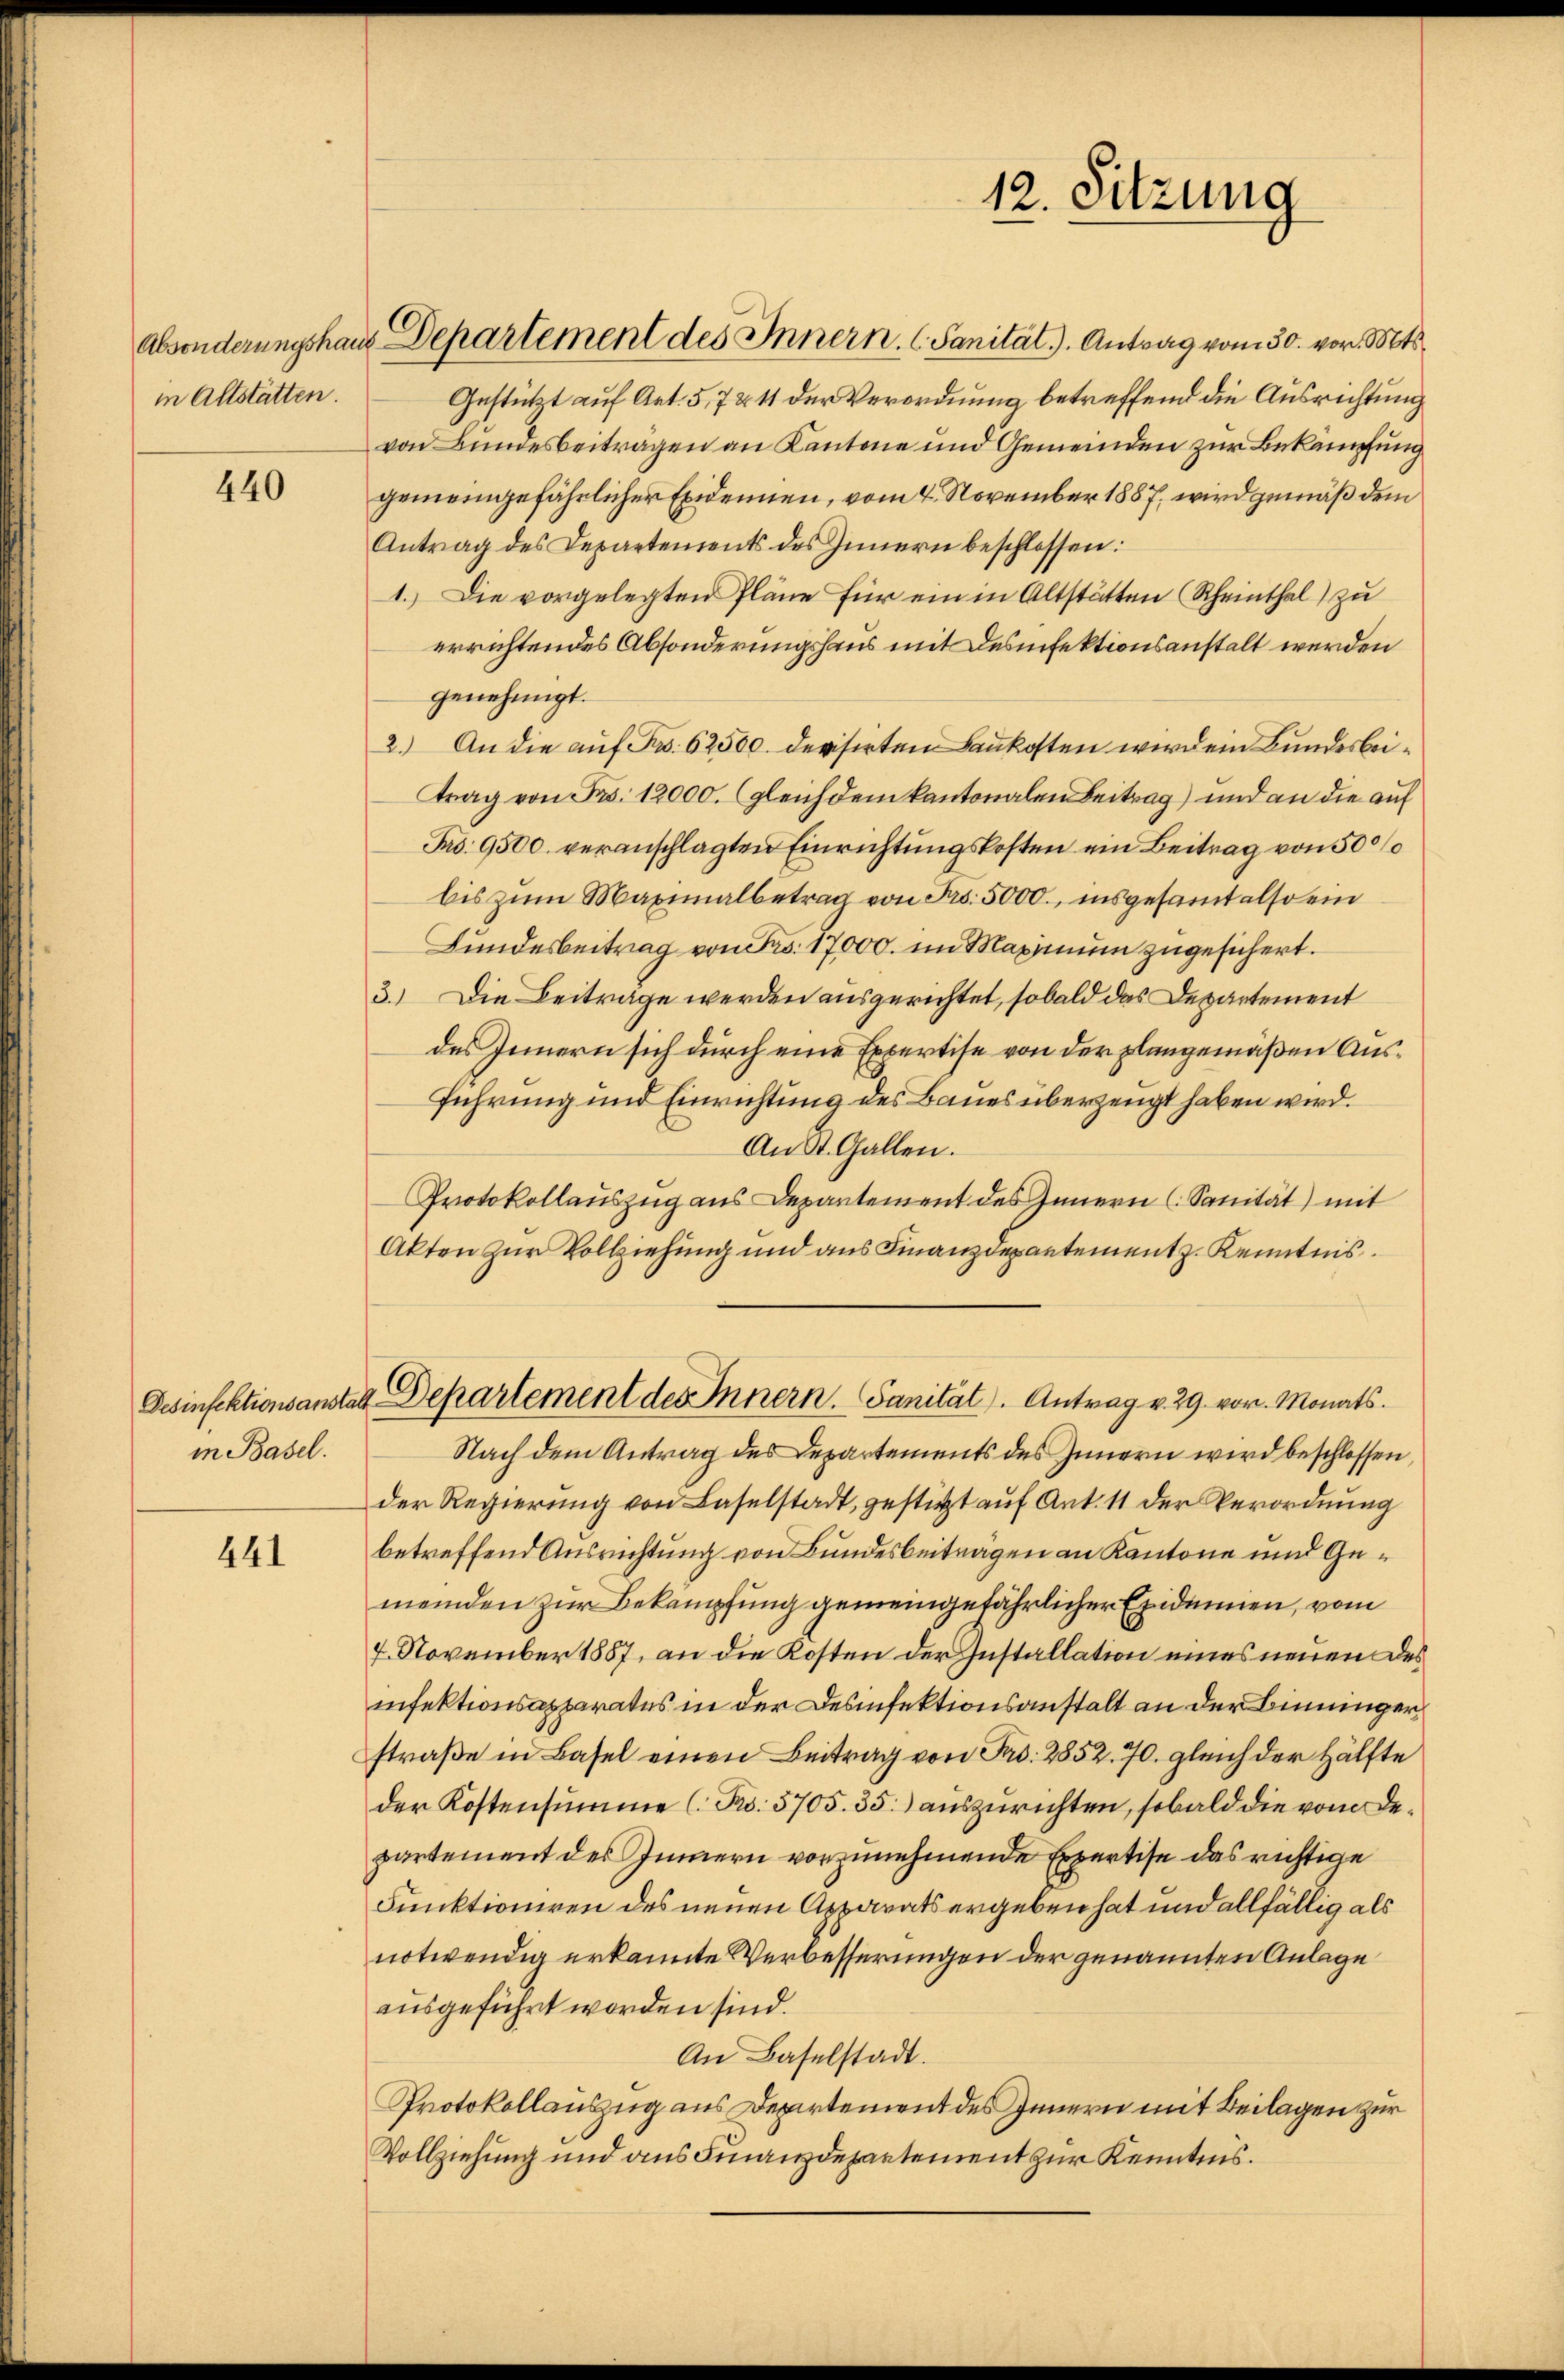
in Altstätten.

440

in Basel.

441

Gestützt auf Art. 5,7 & 11 der Verordnung betreffend die Ausrichtung
von Bundesbeiträgen an Kantone und Gemeinden zur Bekämpfung
gemeingefährlicher Exidemien, vom 4. November 1887, wird gemäß dem
Antrag des Departements des Innern beschlossen:
1.) Die vorgelegten Pläne für ein in Altstätten Rheinthal) zu
errichtendes Absonderungshaus mit desinfektionsanstalt werden
genehmigt.
2.) An die auf Fr. 62500. Devisirten Baukosten wird ein Bundesbeitrag von Fr. 12000. (gleich dem kantonalen Beitrag) und an die auf
Fro. 9500. veranschlagten Einrichtungskosten ein Beitrag von 500/
bis zum Maximalbetrag von Fr. 5000., insgesamt also ein
Bundesbeitrag von Fro. 17000. im Maximum zugesichert.
3.) Die Beitrage werden ausgerichtet, sobald das Departement
des Innern sich durch eine Expertise von der plangemäßen Ausführung und Einrichtung des Baues überzeugt haben wird.
An St. Gallen.
Protokollauszug aus Departement des Innern (Sanität) mit
Akten zur Vollziehung und aus Finanzdepartement z. Kenntnis
Desinfektionsanstalt Departement des Innern. Sanität. Antrag v. 29. vor. Monats
Nach dem Antrag des Departements des Innern wird beschlossen,
der Regierung von Baselstadt, gestützt auf Ant. 11 der Verordnung
betreffend Ausrichtung von Bundesbeiträgen an Kantone und Gemeinden zur Bekämpfung gemeingefährlicher Exidemien, vom
4. November 1857, an die Kosten der Installation eines neuen des
infektionsapparates in der Desinfektionsanstalt an der Binningerstraße in Basel einen Beitrag von Fr. 2852. 70. gleich der Hälfte
der Kostensumme (Ro. 5705. 35. auszurichten, sobald die vom Departement des Innern vorzunehmende Expertise das richtige
Funktioniren des neuen Apparats ergeben hat und allfällig als
notwendig erkannte Verbesserungen der genannten Anlage
ausgeführt worden sind.
An Baselstadt.
Protokollauszug aus Departement des Innern mit Beilagen zur
Vollziehung und aus Finanzdepartement zur Kenntnis.

Absonderungshaus Departement des Innern. (Sanität). Antrag vom 30. vor. Mts.

12. Sitzung